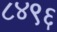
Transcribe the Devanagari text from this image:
८४९६